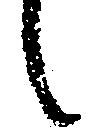
候